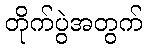
တိုက်ပွဲအတွက်